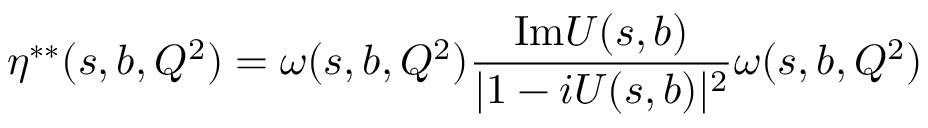
\eta ^ { * * } ( s , b , Q ^ { 2 } ) = \omega ( s , b , Q ^ { 2 } ) \frac { \mathrm { I m } U ( s , b ) } { | 1 - i U ( s , b ) | ^ { 2 } } \omega ( s , b , Q ^ { 2 } )